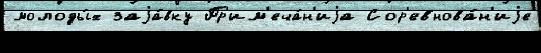
молоды́х заjа́вку Пр'им'еча́н'иjа Сор'евнова́н'иjе